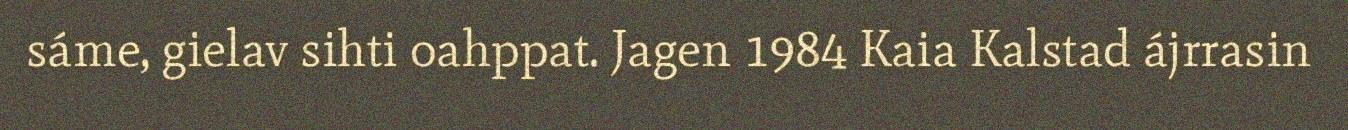
sáme, gielav sihti oahppat. Jagen 1984 Kaia Kalstad ájrrasin